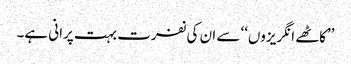
’’کاٹھے انگریزوں‘‘ سے ان کی نفرت بہت پرانی ہے۔